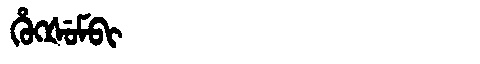
Manchu: ᡥᡠᡴᡧᡠᠮᠪᡳ
Romanization: HUKŠUMBI